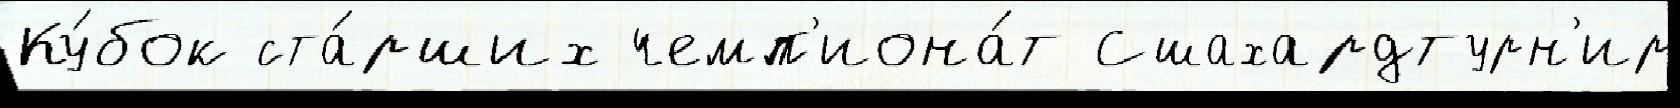
Ку́бок ста́рших чемп'иона́т Сшахардтурн'ир